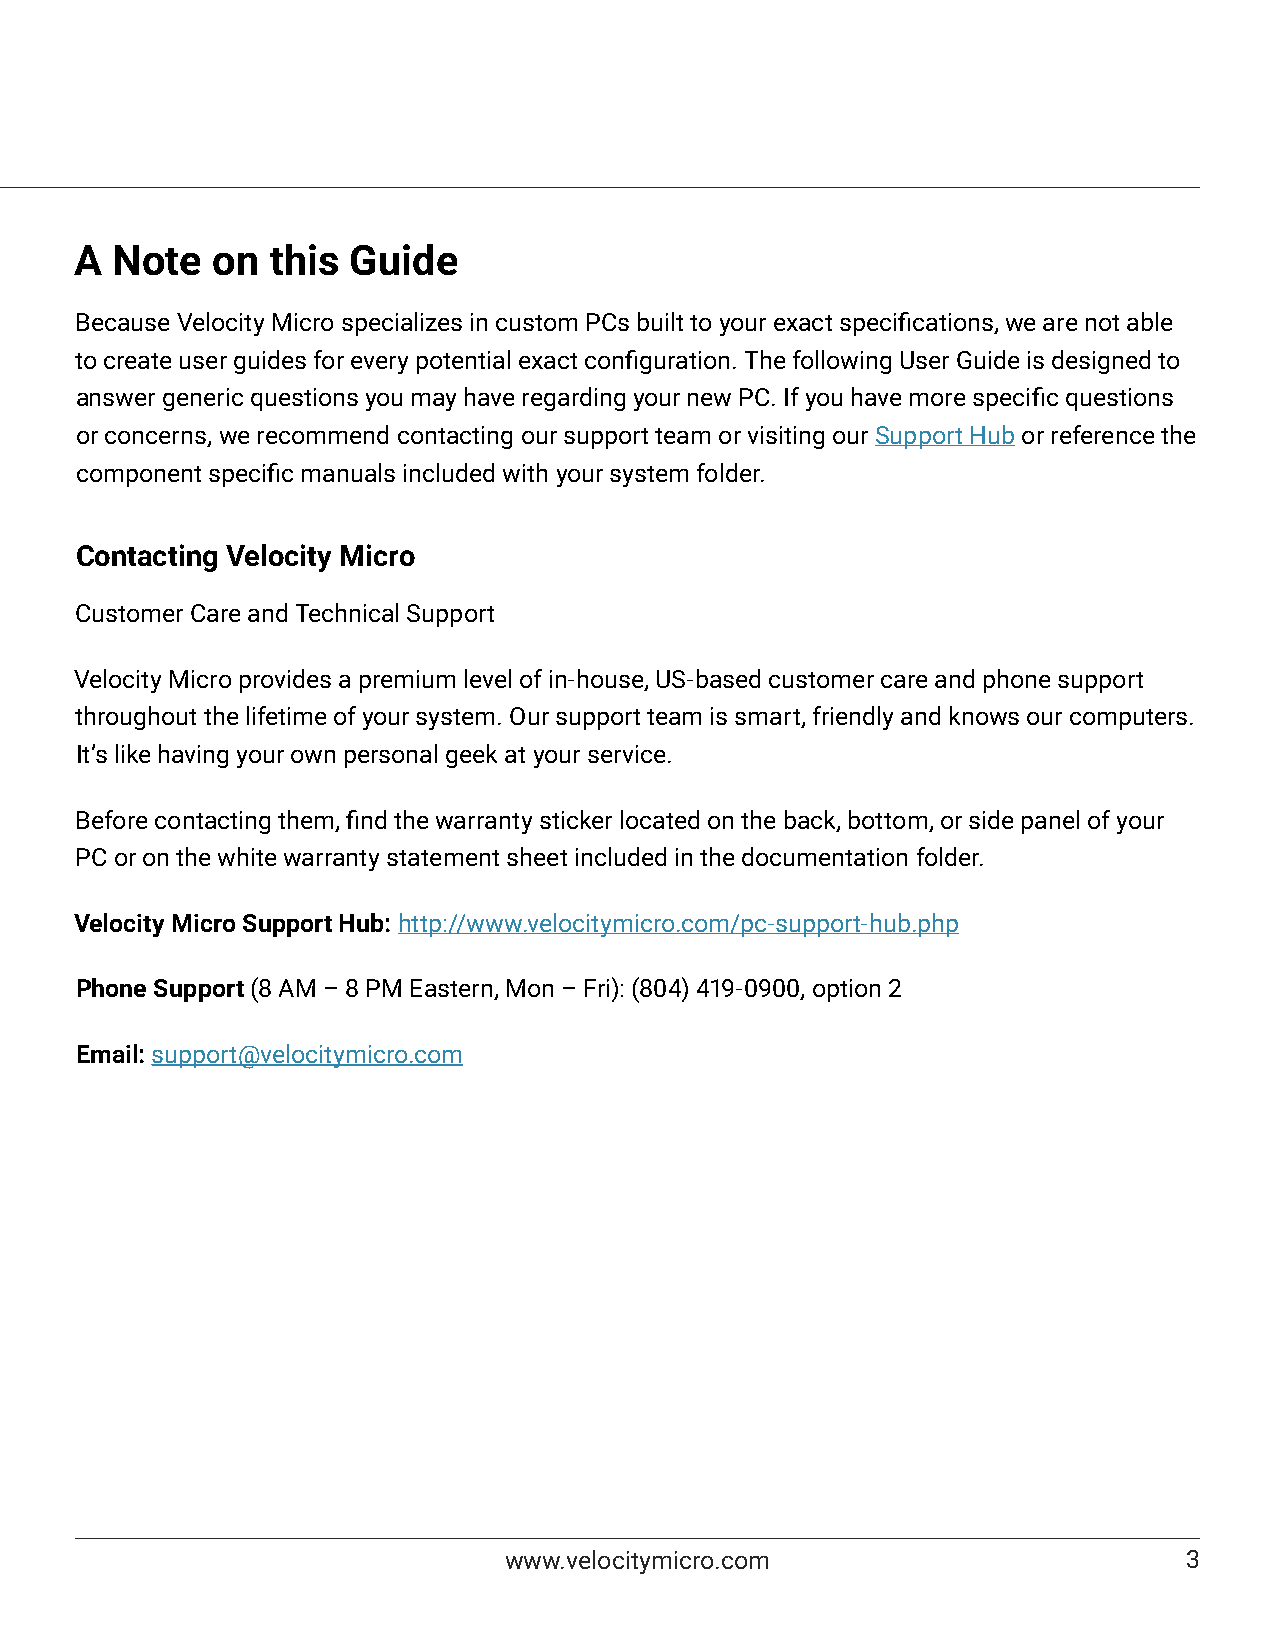
A Note   on  this Guide
 Because Velocity Micro specializes in custom PCs built to your exact specifications, we are not able
 to create user guides for every potential exact configuration. The following User Guide is designed to
 answer generic questions you may have regarding your new PC. If you have more specific questions
 or concerns, we recommend contacting our support team or visiting our Support Hub or reference the
 component specific manuals included with your system folder.
 Contacting Velocity Micro
 Customer Care and Technical Support
 Velocity Micro provides a premium level of in-house, US-based customer care and phone support
 throughout the lifetime of your system. Our support team is smart, friendly and knows our computers.
 It’s like having your own personal geek at your service.
 Before contacting them, find the warranty sticker located on the back, bottom, or side panel of your
 PC or on the white warranty statement sheet included in the documentation folder.
 Velocity Micro Support Hub: http://www.velocitymicro.com/pc-support-hub.php
 Phone Support (8 AM – 8 PM Eastern, Mon – Fri): (804) 419-0900, option 2
 Email: support@velocitymicro.com
 www.velocitymicro.com                         3